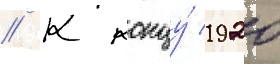
// К концу́ 1920